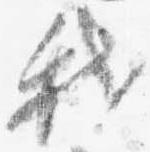
我